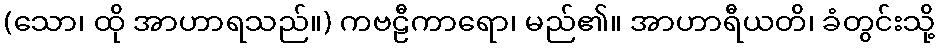
(သော၊ ထို အာဟာရသည်။) ကဗဠီကာရော၊ မည်၏။ အာဟာရီယတိ၊ ခံတွင်းသို့